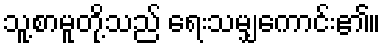
သူ့စာမူတို့သည် ရေးသမျှကောင်း၏။